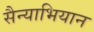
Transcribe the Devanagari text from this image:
सैन्याभियान